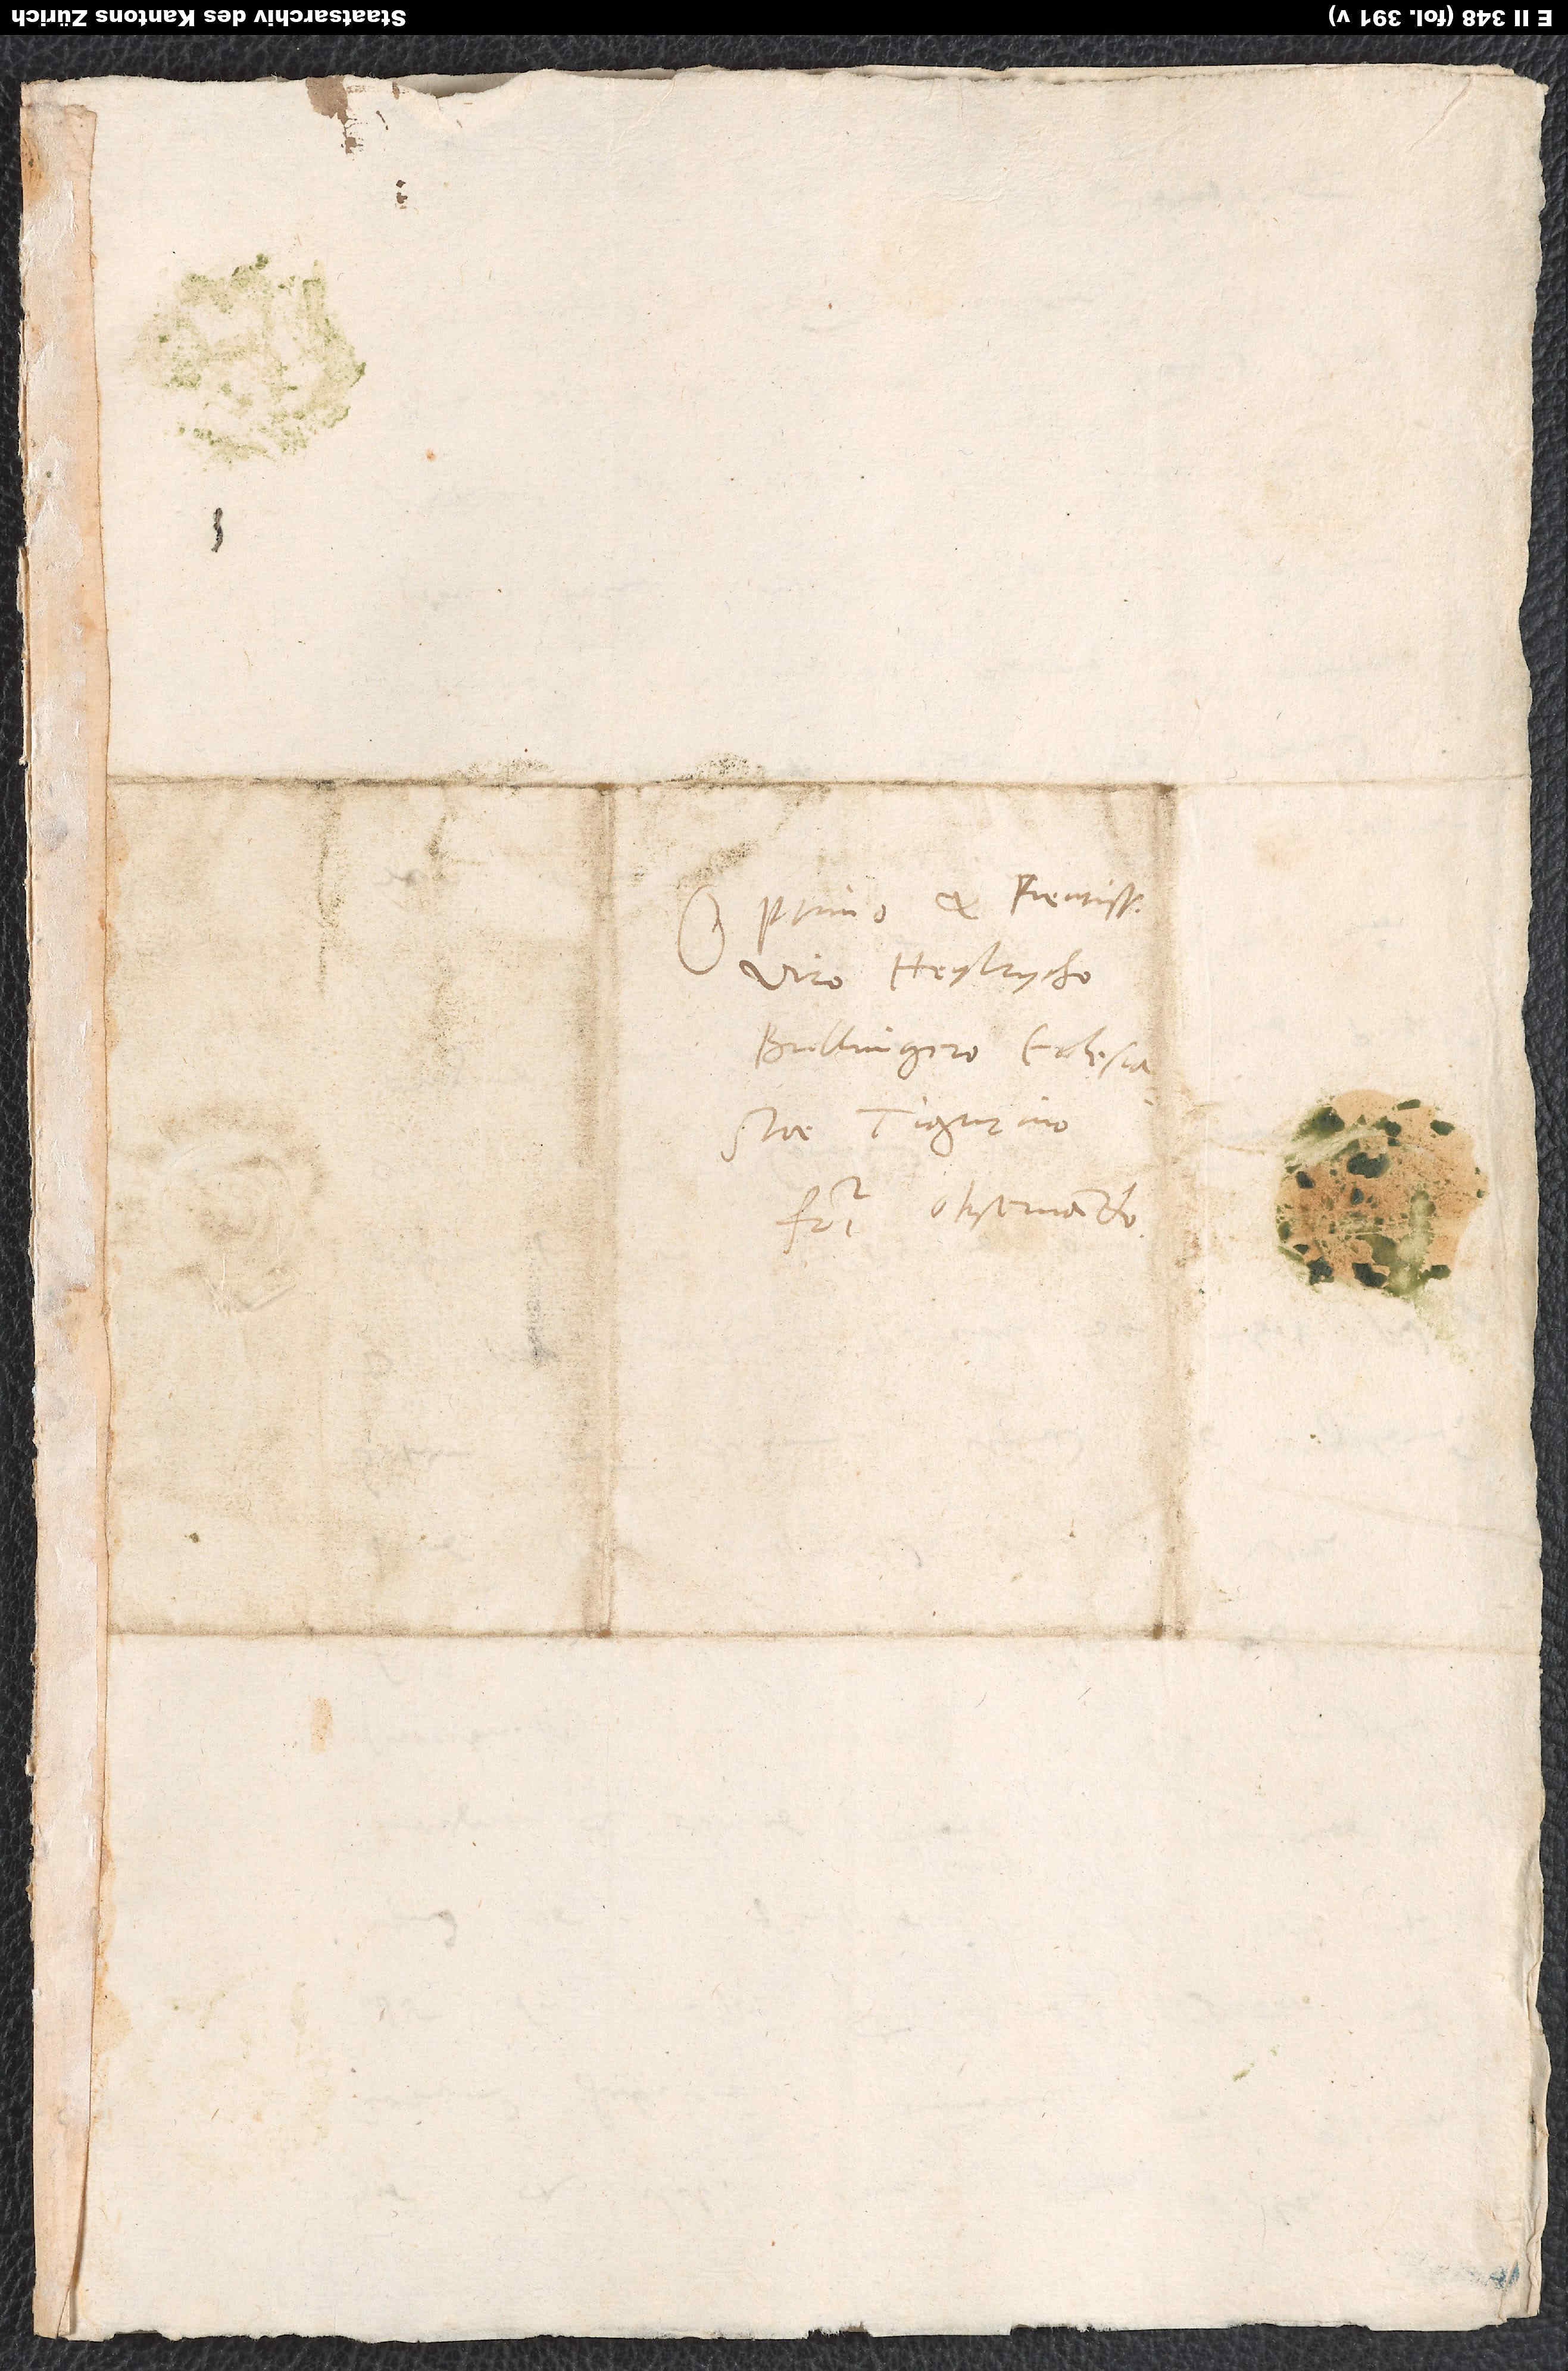
Optimo et pientissimo
viro Heylrycho
Bullingero, ecclesiastae
Tigurino,
fratri observando.